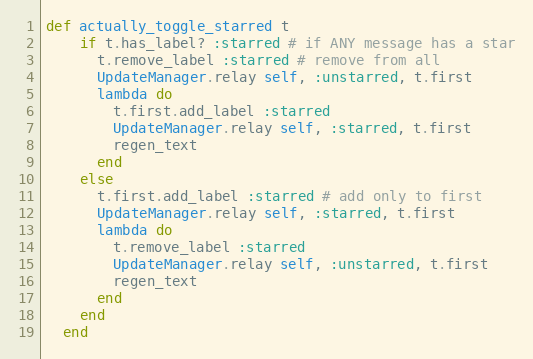
Language: Ruby
def actually_toggle_starred t
    if t.has_label? :starred # if ANY message has a star
      t.remove_label :starred # remove from all
      UpdateManager.relay self, :unstarred, t.first
      lambda do
        t.first.add_label :starred
        UpdateManager.relay self, :starred, t.first
        regen_text
      end
    else
      t.first.add_label :starred # add only to first
      UpdateManager.relay self, :starred, t.first
      lambda do
        t.remove_label :starred
        UpdateManager.relay self, :unstarred, t.first
        regen_text
      end
    end
  end